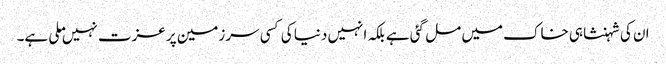
ان کی شہنشاہی خاک میں مل گئی ہے بلکہ انہیں دنیا کی کسی سرزمین پر عزت نہیں ملی ہے۔